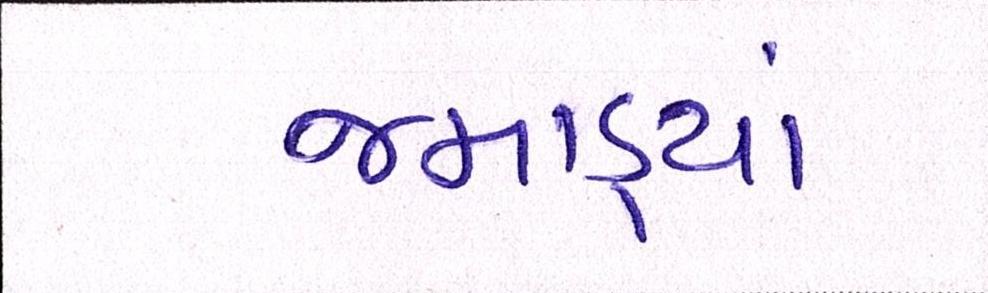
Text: જમાડ્યાં